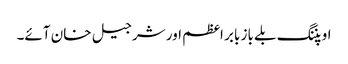
اوپننگ بلے باز بابر اعظم اور شرجیل خان آئے۔